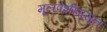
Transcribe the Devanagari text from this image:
मूलपेशींपासून